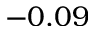
- 0 . 0 9